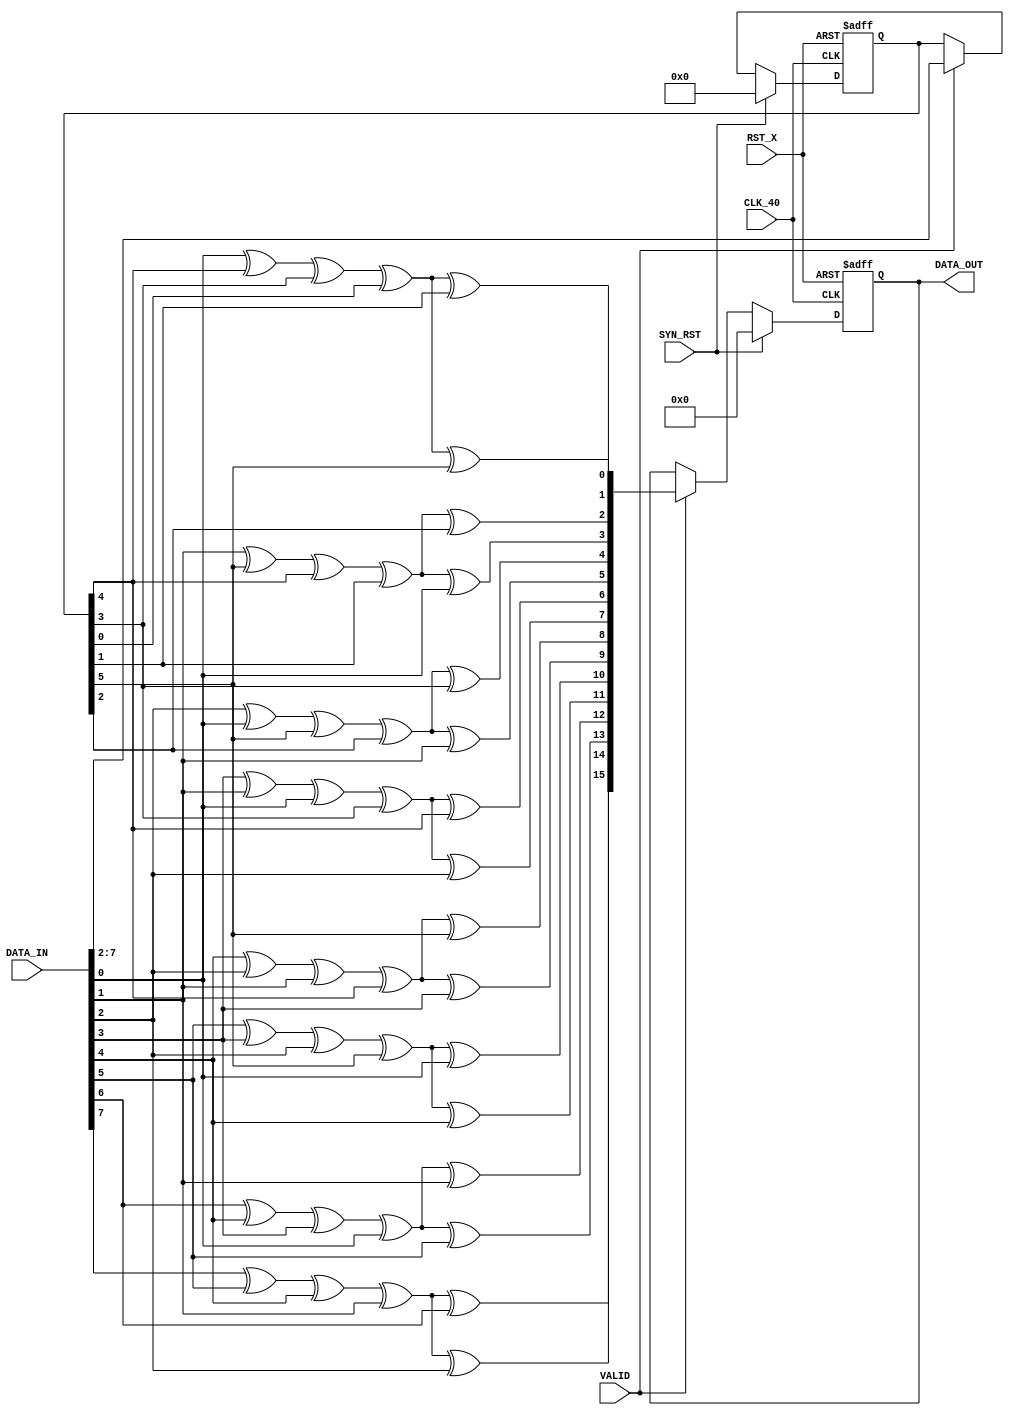
 module tx_enc8 ( // input
 input CLK_40,
 input RST_X,
 input VALID,
 input SYN_RST,
 input [7:0] DATA_IN,
 output reg [15:0] DATA_OUT);
 
 reg  [5:0] r_enc0;
 wire [5:0] r_enc1,r_enc2,r_enc3,r_enc4,r_enc5,r_enc6,r_enc7,r_enc8;
 wire [15:0]code;
 
 assign r_enc1 = {DATA_IN[0], r_enc0[5:1]};
 assign r_enc2 = {DATA_IN[1], r_enc1[5:1]};
 assign r_enc3 = {DATA_IN[2], r_enc2[5:1]};
 assign r_enc4 = {DATA_IN[3], r_enc3[5:1]};
 assign r_enc5 = {DATA_IN[4], r_enc4[5:1]};
 assign r_enc6 = {DATA_IN[5], r_enc5[5:1]};
 assign r_enc7 = {DATA_IN[6], r_enc6[5:1]};
 assign r_enc8 = {DATA_IN[7], r_enc7[5:1]};
 
 assign code[ 0]= DATA_IN[0] ^ r_enc0[4] ^ r_enc0[3] ^ r_enc0[0] ^ r_enc0[1];
 assign code[ 2]= DATA_IN[1] ^ r_enc1[4] ^ r_enc1[3] ^ r_enc1[0] ^ r_enc1[1];
 assign code[ 4]= DATA_IN[2] ^ r_enc2[4] ^ r_enc2[3] ^ r_enc2[0] ^ r_enc2[1];
 assign code[ 6]= DATA_IN[3] ^ r_enc3[4] ^ r_enc3[3] ^ r_enc3[0] ^ r_enc3[1];
 assign code[ 8]= DATA_IN[4] ^ r_enc4[4] ^ r_enc4[3] ^ r_enc4[0] ^ r_enc4[1];
 assign code[10]= DATA_IN[5] ^ r_enc5[4] ^ r_enc5[3] ^ r_enc5[0] ^ r_enc5[1];
 assign code[12]= DATA_IN[6] ^ r_enc6[4] ^ r_enc6[3] ^ r_enc6[0] ^ r_enc6[1];
 assign code[14]= DATA_IN[7] ^ r_enc7[4] ^ r_enc7[3] ^ r_enc7[0] ^ r_enc7[1];
 
 assign code[ 1]= DATA_IN[0] ^ r_enc0[4] ^ r_enc0[3] ^ r_enc0[0] ^ r_enc0[5];
 assign code[ 3]= DATA_IN[1] ^ r_enc1[4] ^ r_enc1[3] ^ r_enc1[0] ^ r_enc1[5];
 assign code[ 5]= DATA_IN[2] ^ r_enc2[4] ^ r_enc2[3] ^ r_enc2[0] ^ r_enc2[5];
 assign code[ 7]= DATA_IN[3] ^ r_enc3[4] ^ r_enc3[3] ^ r_enc3[0] ^ r_enc3[5];
 assign code[ 9]= DATA_IN[4] ^ r_enc4[4] ^ r_enc4[3] ^ r_enc4[0] ^ r_enc4[5];
 assign code[11]= DATA_IN[5] ^ r_enc5[4] ^ r_enc5[3] ^ r_enc5[0] ^ r_enc5[5];
 assign code[13]= DATA_IN[6] ^ r_enc6[4] ^ r_enc6[3] ^ r_enc6[0] ^ r_enc6[5];
 assign code[15]= DATA_IN[7] ^ r_enc7[4] ^ r_enc7[3] ^ r_enc7[0] ^ r_enc7[5];
 
 always @(posedge CLK_40 or negedge RST_X)
   if(!RST_X)begin
     r_enc0   <= 6'd0;
     DATA_OUT <= 16'd0;
   end
   else if(SYN_RST==1'b1)begin
     r_enc0   <= 6'd0;
     DATA_OUT <= 16'd0;
   end
   else if(VALID==1'b1)begin
     r_enc0   <= r_enc8;
     DATA_OUT <= code;
   end

 endmodule